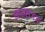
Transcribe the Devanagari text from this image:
नामसंज्ञा